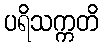
ပရိသက္ကတိ